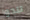
تنحوا